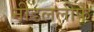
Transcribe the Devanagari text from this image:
नीडललीफ